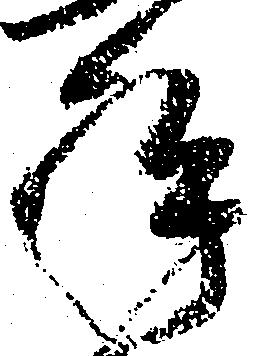
年